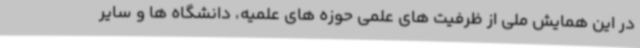
در این همایش ملی از ظرفیت های علمی حوزه های علمیه، دانشگاه ها و سایر